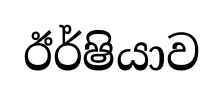
ඊර්ෂියාව